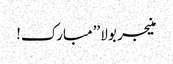
منیجر بولا ’’مبارک!